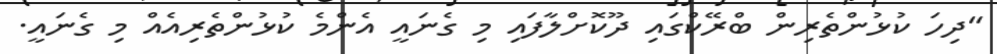
"ދިހަ ކުޅުންތެރިން ބްރޭކްގައި ދޫކޮށްލާފައި މި ގެނައީ އެންމެ ކުޅުންތެރިއެއް މި ގެނައީ.